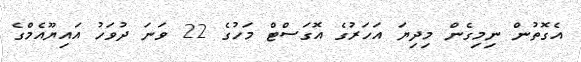
އެގޮތުން ނިމިގެން މިދިޔަ އަހަރުގެ އޮގަސްޓް މަހުގެ 22 ވަނަ ދުވަހު އައިޔޫއެމްގެ